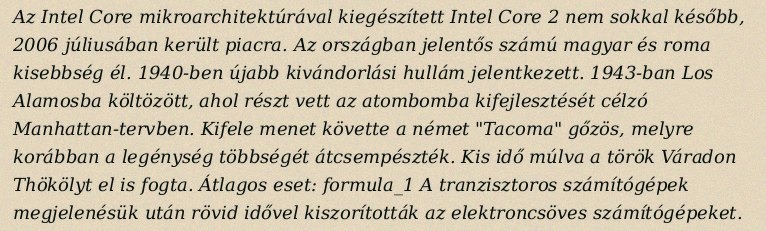
Az Intel Core mikroarchitektúrával kiegészített Intel Core 2 nem sokkal később, 2006 júliusában került piacra. Az országban jelentős számú magyar és roma kisebbség él. 1940-ben újabb kivándorlási hullám jelentkezett. 1943-ban Los Alamosba költözött, ahol részt vett az atombomba kifejlesztését célzó Manhattan-tervben. Kifele menet követte a német "Tacoma" gőzös, melyre korábban a legénység többségét átcsempészték. Kis idő múlva a török Váradon Thökölyt el is fogta. Átlagos eset: formula_1 A tranzisztoros számítógépek megjelenésük után rövid idővel kiszorították az elektroncsöves számítógépeket.